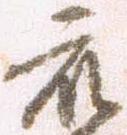
被